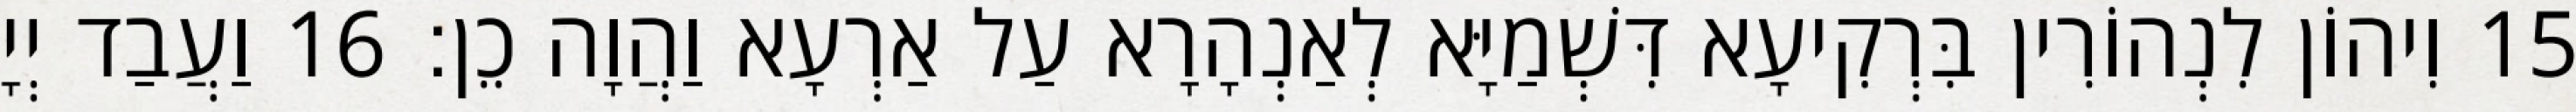
15 וִיהוֹן לִנְהוֹרִין בִּרְקִיעָא דִּשְׁמַיָּא לְאַנְהָרָא עַל אַרְעָא וַהֲוָה כֵן׃ 16 וַעֲבַד יְיָ